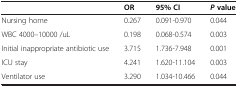
<table><thead><tr><td><b> </b></td><td><b>OR</b></td><td><b>95% CI</b></td><td><b><i>P </i>value</b></td></tr></thead><tbody><tr><td>Nursing home</td><td>0.267</td><td>0.091-0.970</td><td>0.044</td></tr><tr><td>WBC 4000–10000 /uL</td><td>0.198</td><td>0.068-0.574</td><td>0.003</td></tr><tr><td>Initial inappropriate antibiotic use</td><td>3.715</td><td>1.736-7.948</td><td>0.001</td></tr><tr><td>ICU stay</td><td>4.241</td><td>1.620-11.104</td><td>0.003</td></tr><tr><td>Ventilator use</td><td>3.290</td><td>1.034-10.466</td><td>0.044</td></tr></tbody></table>